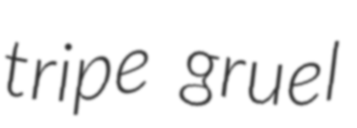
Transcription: tripe gruel